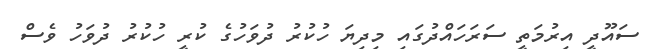
ސައޫދީ އިރުމަތީ ސަރަހައްދުގައި މިދިޔަ ހުކުރު ދުވަހުގެ ކުރީ ހުކުރު ދުވަހު ވެސް